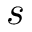
s